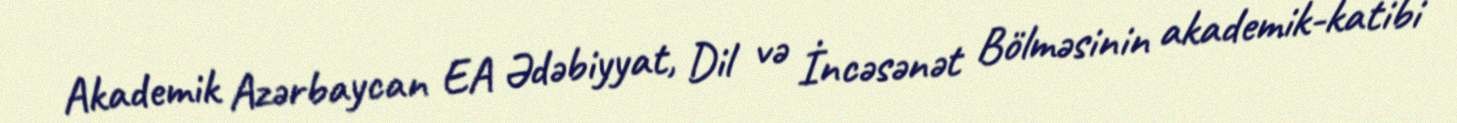
Akademik Azərbaycan EA Ədəbiyyat, Dil və İncəsənət Bölməsinin akademik-katibi